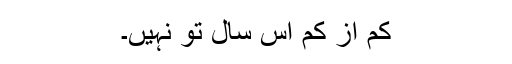
کم از کم اس سال تو نہیں۔